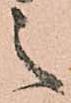
之